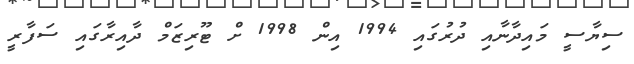
ސިޔާސީ މައިދާނާއި ދުރުގައި 1994 އިން 1998 ށް ޓޫރިޒަމް ދާއިރާގައި ސަފާރީ